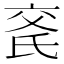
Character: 𬇍